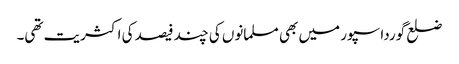
ضلع گورداسپور میں بھی مسلمانوں کی چند فیصد کی اکثریت تھی۔